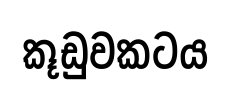
කූඩුවකටය